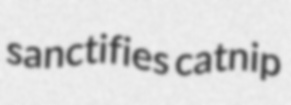
sanctifies catnip